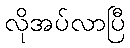
လိုအပ်လာပြီ